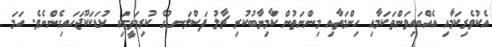
އެކުވެރިކަމާއި އެއްބައިވަންތަކަމާއި ހިންމަތާއި މިންނަތުން ކާމިޔާބުކުރި ޗާލު ފަސްލަނޑުގެ ކުރިމަތީގައި ކުޑަކަކޫޖަހައިގެންނެވެ. ހަމަ